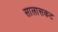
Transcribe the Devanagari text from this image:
सालासकट